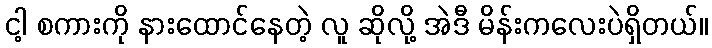
ငါ့ စကားကို နားထောင်နေတဲ့ လူ ဆိုလို့ အဲဒီ မိန်းကလေးပဲရှိတယ်။